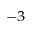
^ { - 3 }